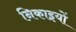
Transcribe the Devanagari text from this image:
निकाइयों